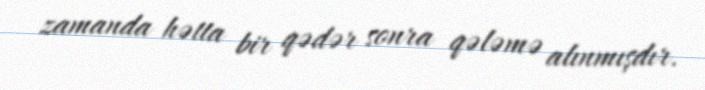
zamanda hətta bir qədər sonra qələmə alınmışdır.